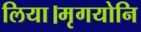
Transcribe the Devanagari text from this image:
लिया।मृगयोनि